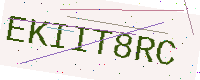
Text: EKIIT8RC